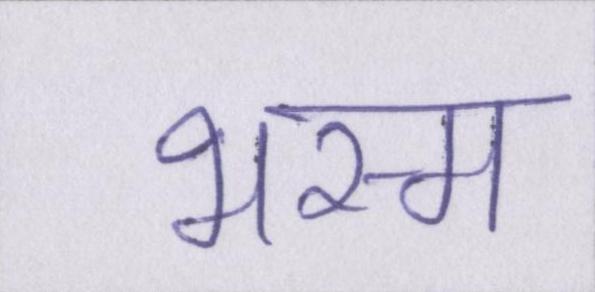
भस्म